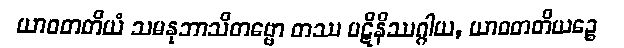
ယာဝတတိယံ သမနုဘာသိတဗ္ဗော တဿ ပဋိနိဿဂ္ဂါယ, ယာဝတတိယဉ္စေ